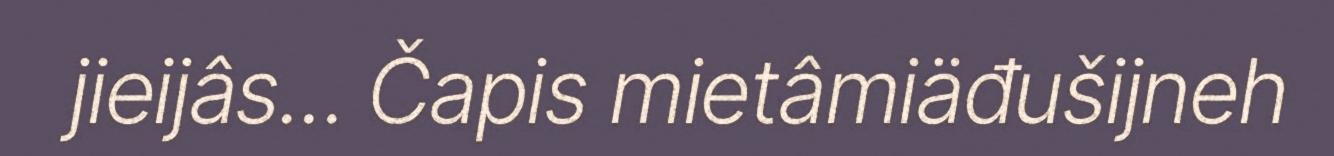
jieijâs... Čapis mietâmiäđušijneh